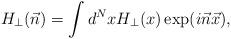
LaTeX: \begin{align*}H_{\perp}(\vec{n}) = \int d^{N}x H_{\perp}(x)\exp(i\vec{n}\vec{x}),\end{align*}